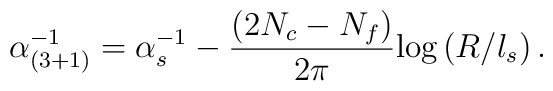
\alpha^{-1}_{(3+1)} = \alpha_s^{-1}  - \frac{(2N_c - N_f)}{2 \pi}\mbox{log} \left(R/l_s\right).